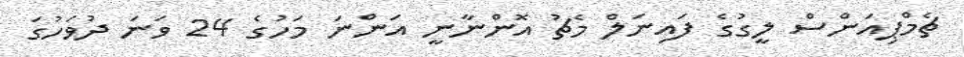
ޗެމްޕިއަންސް ލީގުގެ ފައިނަލް މެޗު އޮންނާނީ އަންނަ މަހުގެ 24 ވަނަ ދުވަހުގަ